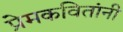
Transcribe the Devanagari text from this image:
प्रेमकवितांनी